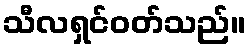
သီလရှင်ဝတ်သည်။